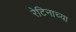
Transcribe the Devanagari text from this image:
रेटिनाच्या